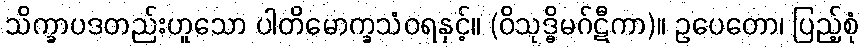
သိက္ခာပဒတည်းဟူသော ပါတိမောက္ခသံဝရနှင့်။ (ဝိသုဒ္ဓိမဂ်ဋီကာ)။ ဥပေတော၊ ပြည့်စုံ